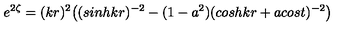
e ^ { 2 \zeta } = ( k r ) ^ { 2 } \bigl ( ( s i n h k r ) ^ { - 2 } - ( 1 - a ^ { 2 } ) ( c o s h k r + a c o s t ) ^ { - 2 } \bigr )